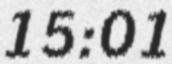
15:01